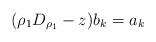
LaTeX: \begin{align*} (\rho_1 D_{\rho_1}-z)b_k=a_k \end{align*}